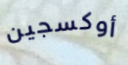
أوكسجين